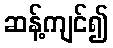
ဆန့်ကျင်၍